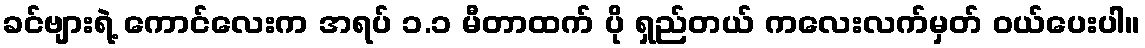
ခင်ဗျားရဲ့ ကောင်လေးက အရပ် ၁.၁ မီတာထက် ပို ရှည်တယ် ကလေးလက်မှတ် ဝယ်ပေးပါ။